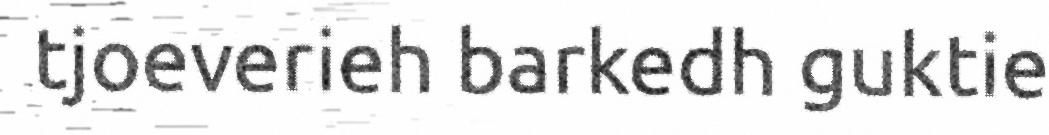
tjoeverieh barkedh guktie